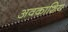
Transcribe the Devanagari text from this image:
अवकाशिय